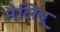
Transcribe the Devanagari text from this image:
मैलिबू